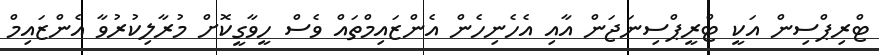
ޓްރިޕްސިން އަކީ ޓްރީޕްސިނަޖަން އާއި އެހެނިހެން އެންޒައިމްތައް ވެސް ހީވާގީކޮށް މުރާލިކުރުވާ އެންޒައިމް